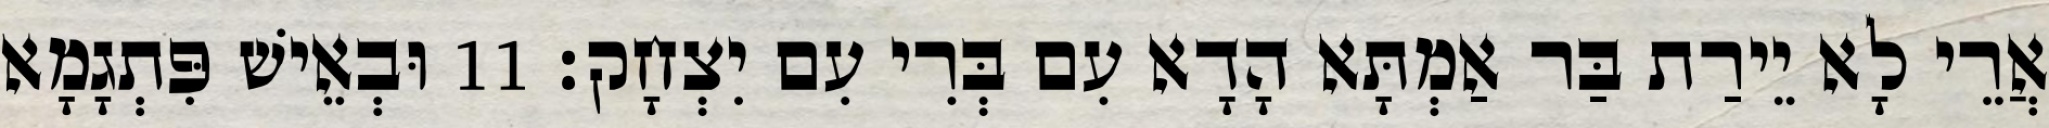
אֲרֵי לָא יֵירַת בַּר אַמְתָּא הָדָא עִם בְּרִי עִם יִצְחָק׃ 11 וּבְאֵישׁ פִּתְגָמָא